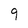
Character: 9